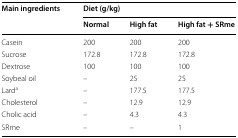
| <ROWSPAN=2> Main ingredients | <COLSPAN=3> Diet (g/kg) |
 | Normal | High fat | High fat + SRme |
 | --- | --- | --- | --- |
 | Casein | 200 | 200 | 200 |
 | Sucrose | 172.8 | 172.8 | 172.8 |
 | Dextrose | 100 | 100 | 100 |
 | Soybeal oil | – | 25 | 25 |
 | Larda | – | 177.5 | 177.5 |
 | Cholesterol | – | 12.9 | 12.9 |
 | Cholic acid | – | 4.3 | 4.3 |
 | SRme | – | – | 1 |